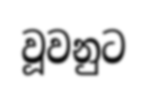
වූවනුට